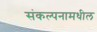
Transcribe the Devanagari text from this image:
संकल्पनामधील